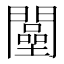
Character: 𨶴